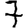
Digit: 7